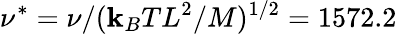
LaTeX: \nu^{*}=\nu/(\mathbf{k}_{B}TL^{2}/M)^{1/2}=1572.2